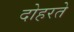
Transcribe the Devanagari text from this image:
दोहरते